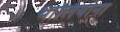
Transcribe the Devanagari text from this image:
थालियाना